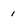
Character: 1